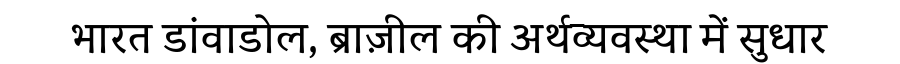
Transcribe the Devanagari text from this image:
भारत डांवाडोल, ब्राज़ील की अर्थव्यवस्था में सुधार